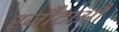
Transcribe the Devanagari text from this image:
रजौटाऔं